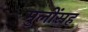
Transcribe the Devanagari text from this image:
मुलींसह